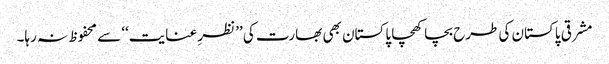
مشرقی پاکستان کی طرح بچا کھچا پاکستان بھی بھارت کی ’’نظرِ عنایت‘‘ سے محفوظ نہ رہا۔